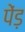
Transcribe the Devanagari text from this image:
पेंड़